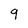
Character: q